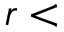
r <